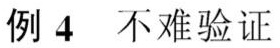
例 4 不难验证